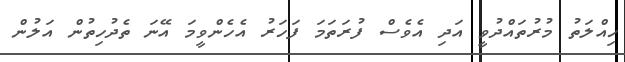
ހިއްލަތު މުރުތައްދުވީ އަދި އެވެސް ފުރަތަމަ ފަހަރު އެހެންވީމަ އޭނަ ތެދުހިތުން އަލުން